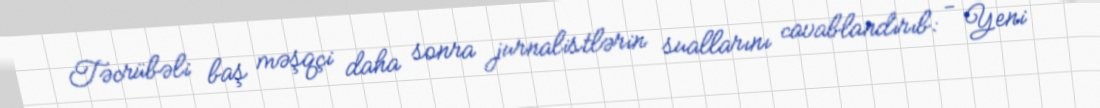
Təcrübəli baş məşqçi daha sonra jurnalistlərin suallarını cavablandırıb: - Yeni